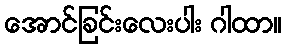
အောင်ခြင်းလေးပါး ဂါထာ။